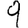
Digit: 9